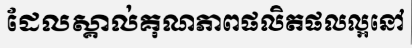
ដែលស្គាល់គុណភាពផលិតផលល្អនៅ